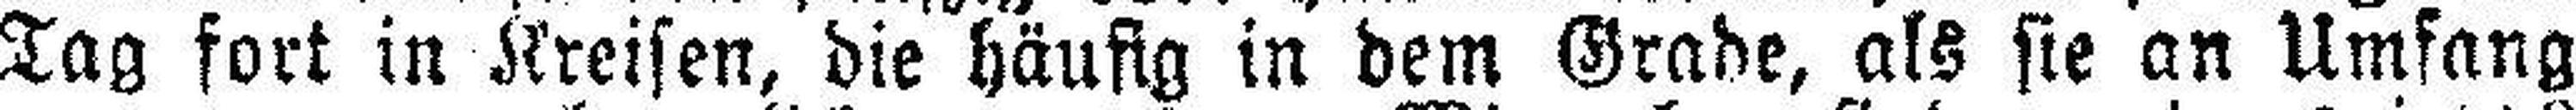
Tag fort in Kreisen, die häufig in dem Grade, als sie an Umfang